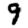
Digit: 9